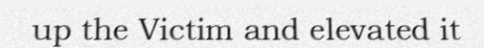
up the Victim and elevated it